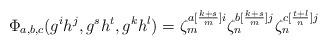
LaTeX: \begin{align*}\Phi_{a,b,c}(g^ih^j,g^sh^t,g^kh^l)=\zeta_m^{a[\frac{k+s}{m}]i}\zeta_n^{b[\frac{k+s}{m}]j}\zeta_n^{c[\frac{t+l}{n}]j}\end{align*}